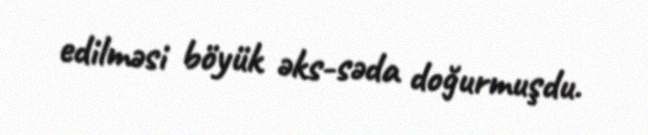
edilməsi böyük əks-səda doğurmuşdu.